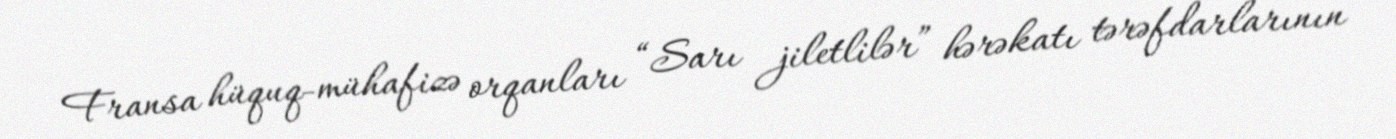
Fransa hüquq-mühafizə orqanları “Sarı jiletlilər” hərəkatı tərəfdarlarının